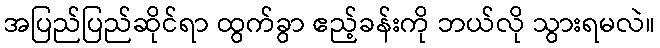
အပြည်ပြည်ဆိုင်ရာ ထွက်ခွာ ဧည့်ခန်းကို ဘယ်လို သွားရမလဲ။